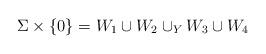
LaTeX: \begin{align*}\Sigma \times \{0\} = W_1 \cup W_2 \cup_Y W_3 \cup W_4\end{align*}